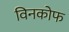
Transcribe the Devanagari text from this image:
विनकोफ